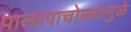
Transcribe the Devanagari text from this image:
पालापाचोळ्यामुळे